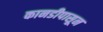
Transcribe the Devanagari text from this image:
कानडीपासून